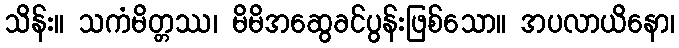
သိန်း။ သကံမိတ္တဿ၊ မိမိအဆွေခင်ပွန်းဖြစ်သော။ အပလာယိနော၊